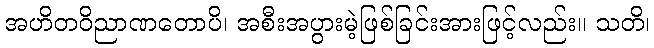
အဟိတဝိညာဏတောပိ၊ အစီးအပွားမဲ့ဖြစ်ခြင်းအားဖြင့်လည်း။ သတိ၊